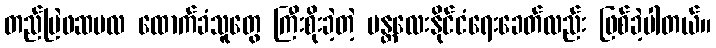
တည်မြဲဖဆပလ ထောက်ခံသူတွေ ကြီးစိုးခဲ့တဲ့ မန္တလေးနိုင်ငံရေးခေတ်လည်း ဖြစ်ခဲ့ပါတယ်။